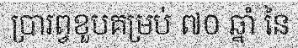
ប្រារព្វខួបគម្រប់ ៧០ ឆ្នាំ នៃ